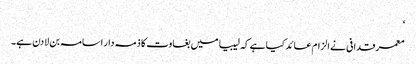
‘
معمرقدافی نے الزام عائد کیا ہے کہ لیبیا میں بغاوت کا ذمہ دار اسامہ بن لادن ہے۔